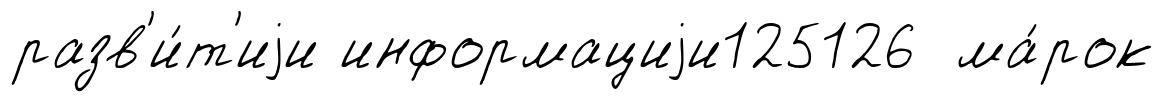
разв'и́т'иjи информациjи125126 ма́рок